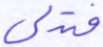
فتدلى